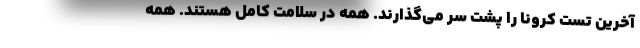
آخرین تست کرونا را پشت سر می‌گذارند. همه در سلامت کامل هستند. همه